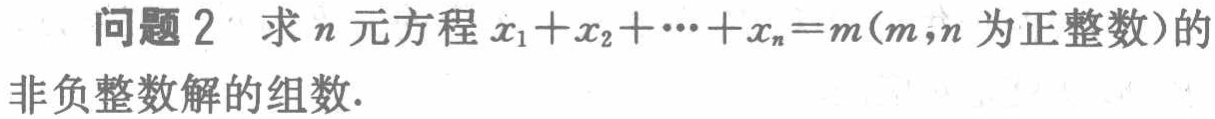
问题2 求\(n\)元方程\(x_{1}+x_{2}+\cdots +x_{n}=m(m,n\)为正整数\()\)的
非负整数解的组数.